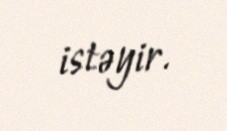
istəyir.